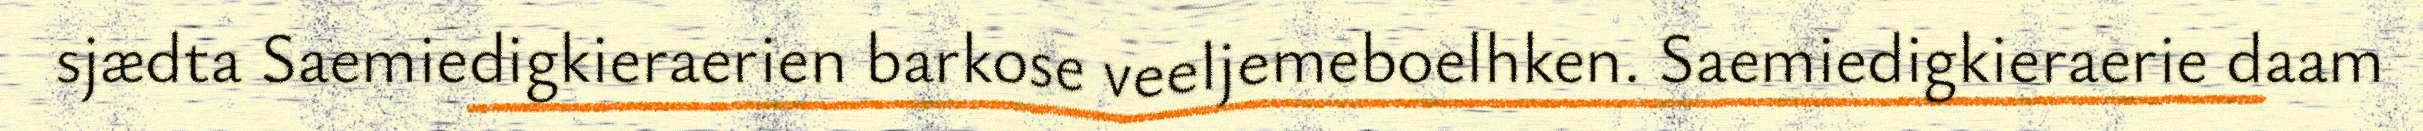
sjædta Saemiedigkieraerien barkose veeljemeboelhken. Saemiedigkieraerie daam